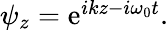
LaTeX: \begin{array}{r}{\psi_{z}=\mathrm{e}^{ikz-i\omega_{0}t}.}\end{array}